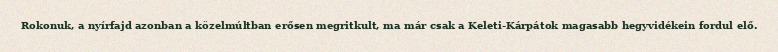
Rokonuk, a nyírfajd azonban a közelmúltban erősen megritkult, ma már csak a Keleti-Kárpátok magasabb hegyvidékein fordul elő.